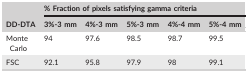
|  | <COLSPAN=5> % Fraction of pixels satisfying gamma criteria |
 | DD‐DTA | 3%‐3 mm | 4%‐3 mm | 5%‐3 mm | 4%‐4 mm | 5%‐4 mm |
 | --- | --- | --- | --- | --- | --- |
 | Monte Carlo | 94 | 97.6 | 98.5 | 98.7 | 99.5 |
 | FSC | 92.1 | 95.8 | 97.9 | 98 | 99.1 |